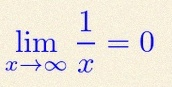
\lim_{x\to\infty}\frac{1}{x}=0